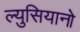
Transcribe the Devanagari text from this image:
ल्युसियानो